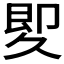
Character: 𠨠